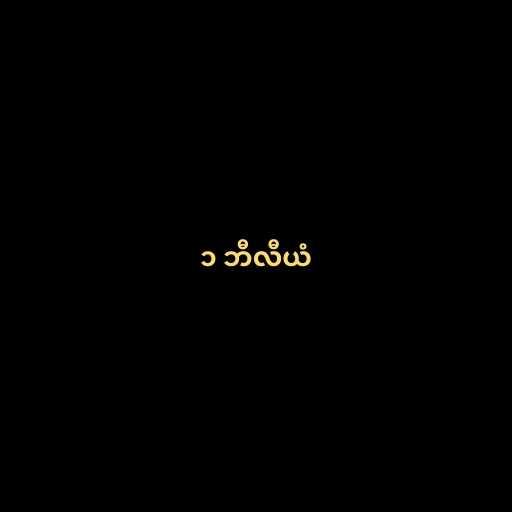
၁ ဘီလီယံ